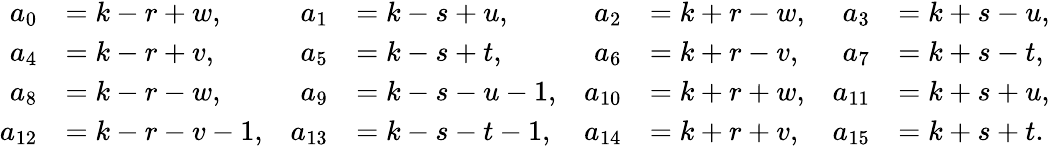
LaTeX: \begin{array}{rlrlrlrl}{a_{0}}&{=k-r+w,}&{a_{1}}&{=k-s+u,}&{a_{2}}&{=k+r-w,}&{a_{3}}&{=k+s-u,}\\ {a_{4}}&{=k-r+v,}&{a_{5}}&{=k-s+t,}&{a_{6}}&{=k+r-v,}&{a_{7}}&{=k+s-t,}\\ {a_{8}}&{=k-r-w,}&{a_{9}}&{=k-s-u-1,}&{a_{10}}&{=k+r+w,}&{a_{11}}&{=k+s+u,}\\ {a_{12}}&{=k-r-v-1,}&{a_{13}}&{=k-s-t-1,}&{a_{14}}&{=k+r+v,}&{a_{15}}&{=k+s+t.}\end{array}